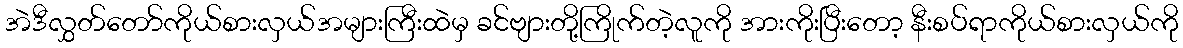
အဲဒီလွှတ်တော်ကိုယ်စားလှယ်အများကြီးထဲမှ ခင်ဗျားတို့ကြိုက်တဲ့လူကို အားကိုးပြီးတော့ နီးစပ်ရာကိုယ်စားလှယ်ကို